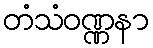
တံသံဝဏ္ဏနာ